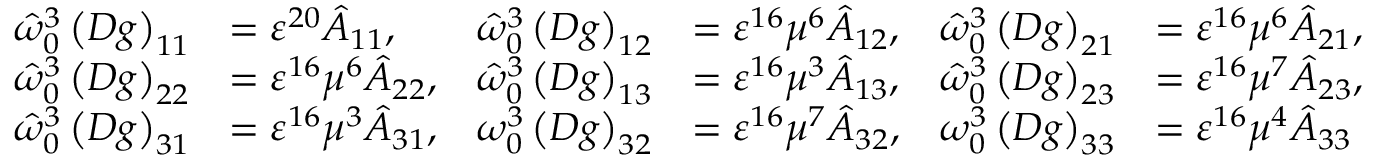
\begin{array} { r l r l r l } { \hat { \omega } _ { 0 } ^ { 3 } \left( D g \right) _ { 1 1 } } & { = \varepsilon ^ { 2 0 } \hat { A } _ { 1 1 } , } & { \hat { \omega } _ { 0 } ^ { 3 } \left( D g \right) _ { 1 2 } } & { = \varepsilon ^ { 1 6 } \mu ^ { 6 } \hat { A } _ { 1 2 } , } & { \hat { \omega } _ { 0 } ^ { 3 } \left( D g \right) _ { 2 1 } } & { = \varepsilon ^ { 1 6 } \mu ^ { 6 } \hat { A } _ { 2 1 } , } \\ { \hat { \omega } _ { 0 } ^ { 3 } \left( D g \right) _ { 2 2 } } & { = \varepsilon ^ { 1 6 } \mu ^ { 6 } \hat { A } _ { 2 2 } , } & { \hat { \omega } _ { 0 } ^ { 3 } \left( D g \right) _ { 1 3 } } & { = \varepsilon ^ { 1 6 } \mu ^ { 3 } \hat { A } _ { 1 3 } , } & { \hat { \omega } _ { 0 } ^ { 3 } \left( D g \right) _ { 2 3 } } & { = \varepsilon ^ { 1 6 } \mu ^ { 7 } \hat { A } _ { 2 3 } , } \\ { \hat { \omega } _ { 0 } ^ { 3 } \left( D g \right) _ { 3 1 } } & { = \varepsilon ^ { 1 6 } \mu ^ { 3 } \hat { A } _ { 3 1 } , } & { \omega _ { 0 } ^ { 3 } \left( D g \right) _ { 3 2 } } & { = \varepsilon ^ { 1 6 } \mu ^ { 7 } \hat { A } _ { 3 2 } , } & { \omega _ { 0 } ^ { 3 } \left( D g \right) _ { 3 3 } } & { = \varepsilon ^ { 1 6 } \mu ^ { 4 } \hat { A } _ { 3 3 } } \end{array}